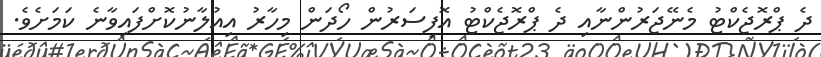
ދެ ޕްރޮޖެކްޓު މެނޭޖަރުންނާއި ދެ ޕްރޮޖެކްޓު އޮފިސަރުން ހޯދަން މިހާރު އިއުލާނުކޮށްފައިވާނެ ކަމަށެވެ.